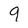
Character: 9